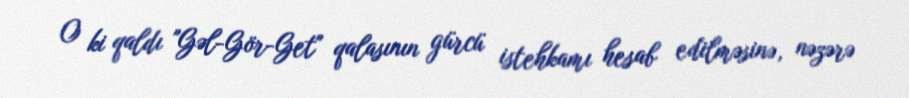
O ki qaldı "Gəl-Gör-Get" qalasının gürcü istehkamı hesab edilməsinə, nəzərə